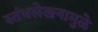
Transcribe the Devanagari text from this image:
स्तंभलेखनामुळे